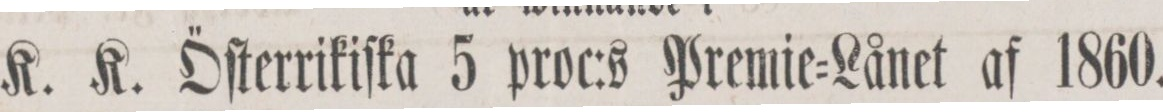
K. K. Öſterrikiſka 5 proc:s Premie-Lånet af 1860.